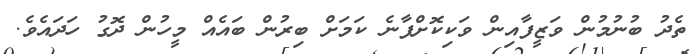
ތެދު ބުނުމުން ވަޒީފާއިން ވަކިކޮށްފާނެ ކަމަށް ބިރުން ބައެއް މީހުން ދޮގު ހަދައެވެ.